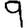
Digit: 9